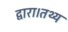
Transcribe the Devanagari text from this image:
द्वारा।तथ्य